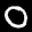
Label: 0